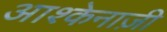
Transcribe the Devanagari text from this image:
आश्केनाज़ी